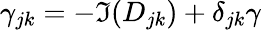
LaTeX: \gamma_{jk}=-\Im(D_{jk})+\delta_{jk}\gamma